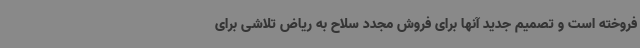
فروخته است و تصمیم جدید آنها برای فروش مجدد سلاح به ریاض تلاشی برای